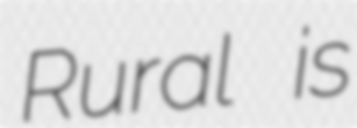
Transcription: Rural is